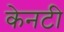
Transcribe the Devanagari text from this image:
केनटी